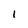
Character: l